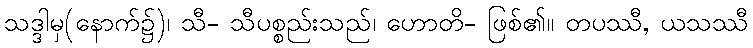
သဒ္ဒါမှ(နောက်၌)၊ သီ- သီပစ္စည်းသည်၊ ဟောတိ- ဖြစ်၏။ တပဿီ, ယသဿီ